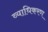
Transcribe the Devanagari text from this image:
व्याधिकरण